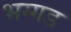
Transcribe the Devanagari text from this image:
भग्‍गड